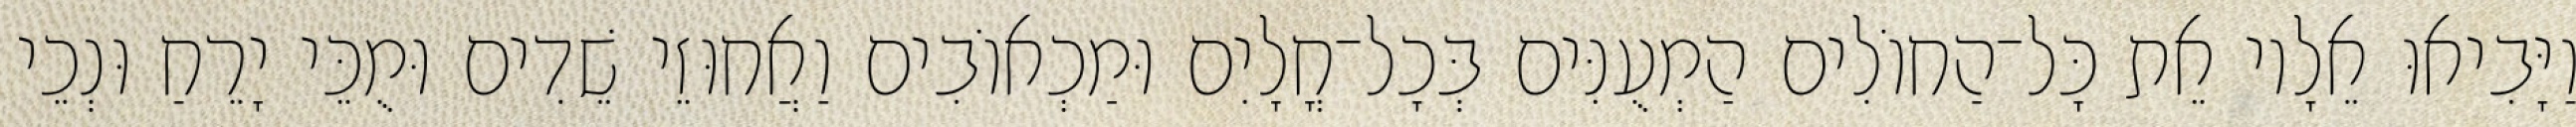
וַיָּבִיאוּ אֵלָיו אֵת כָּל־הַחוֹלִים הַמְעֻנִּים בְּכָל־חֳלָיִם וּמַכְאוֹבִים וַאֲחוּזֵי שֵׁדִים וּמֻכֵּי יָרֵחַ וּנְכֵי